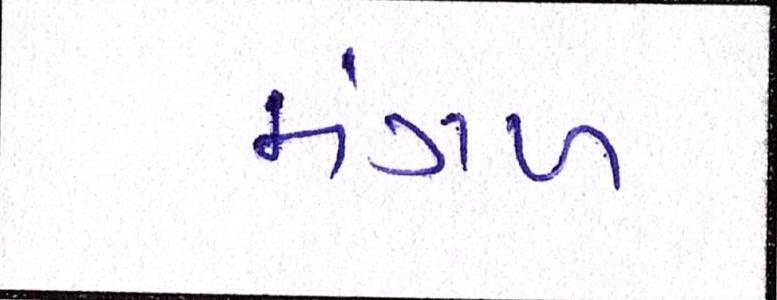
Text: મંગળ